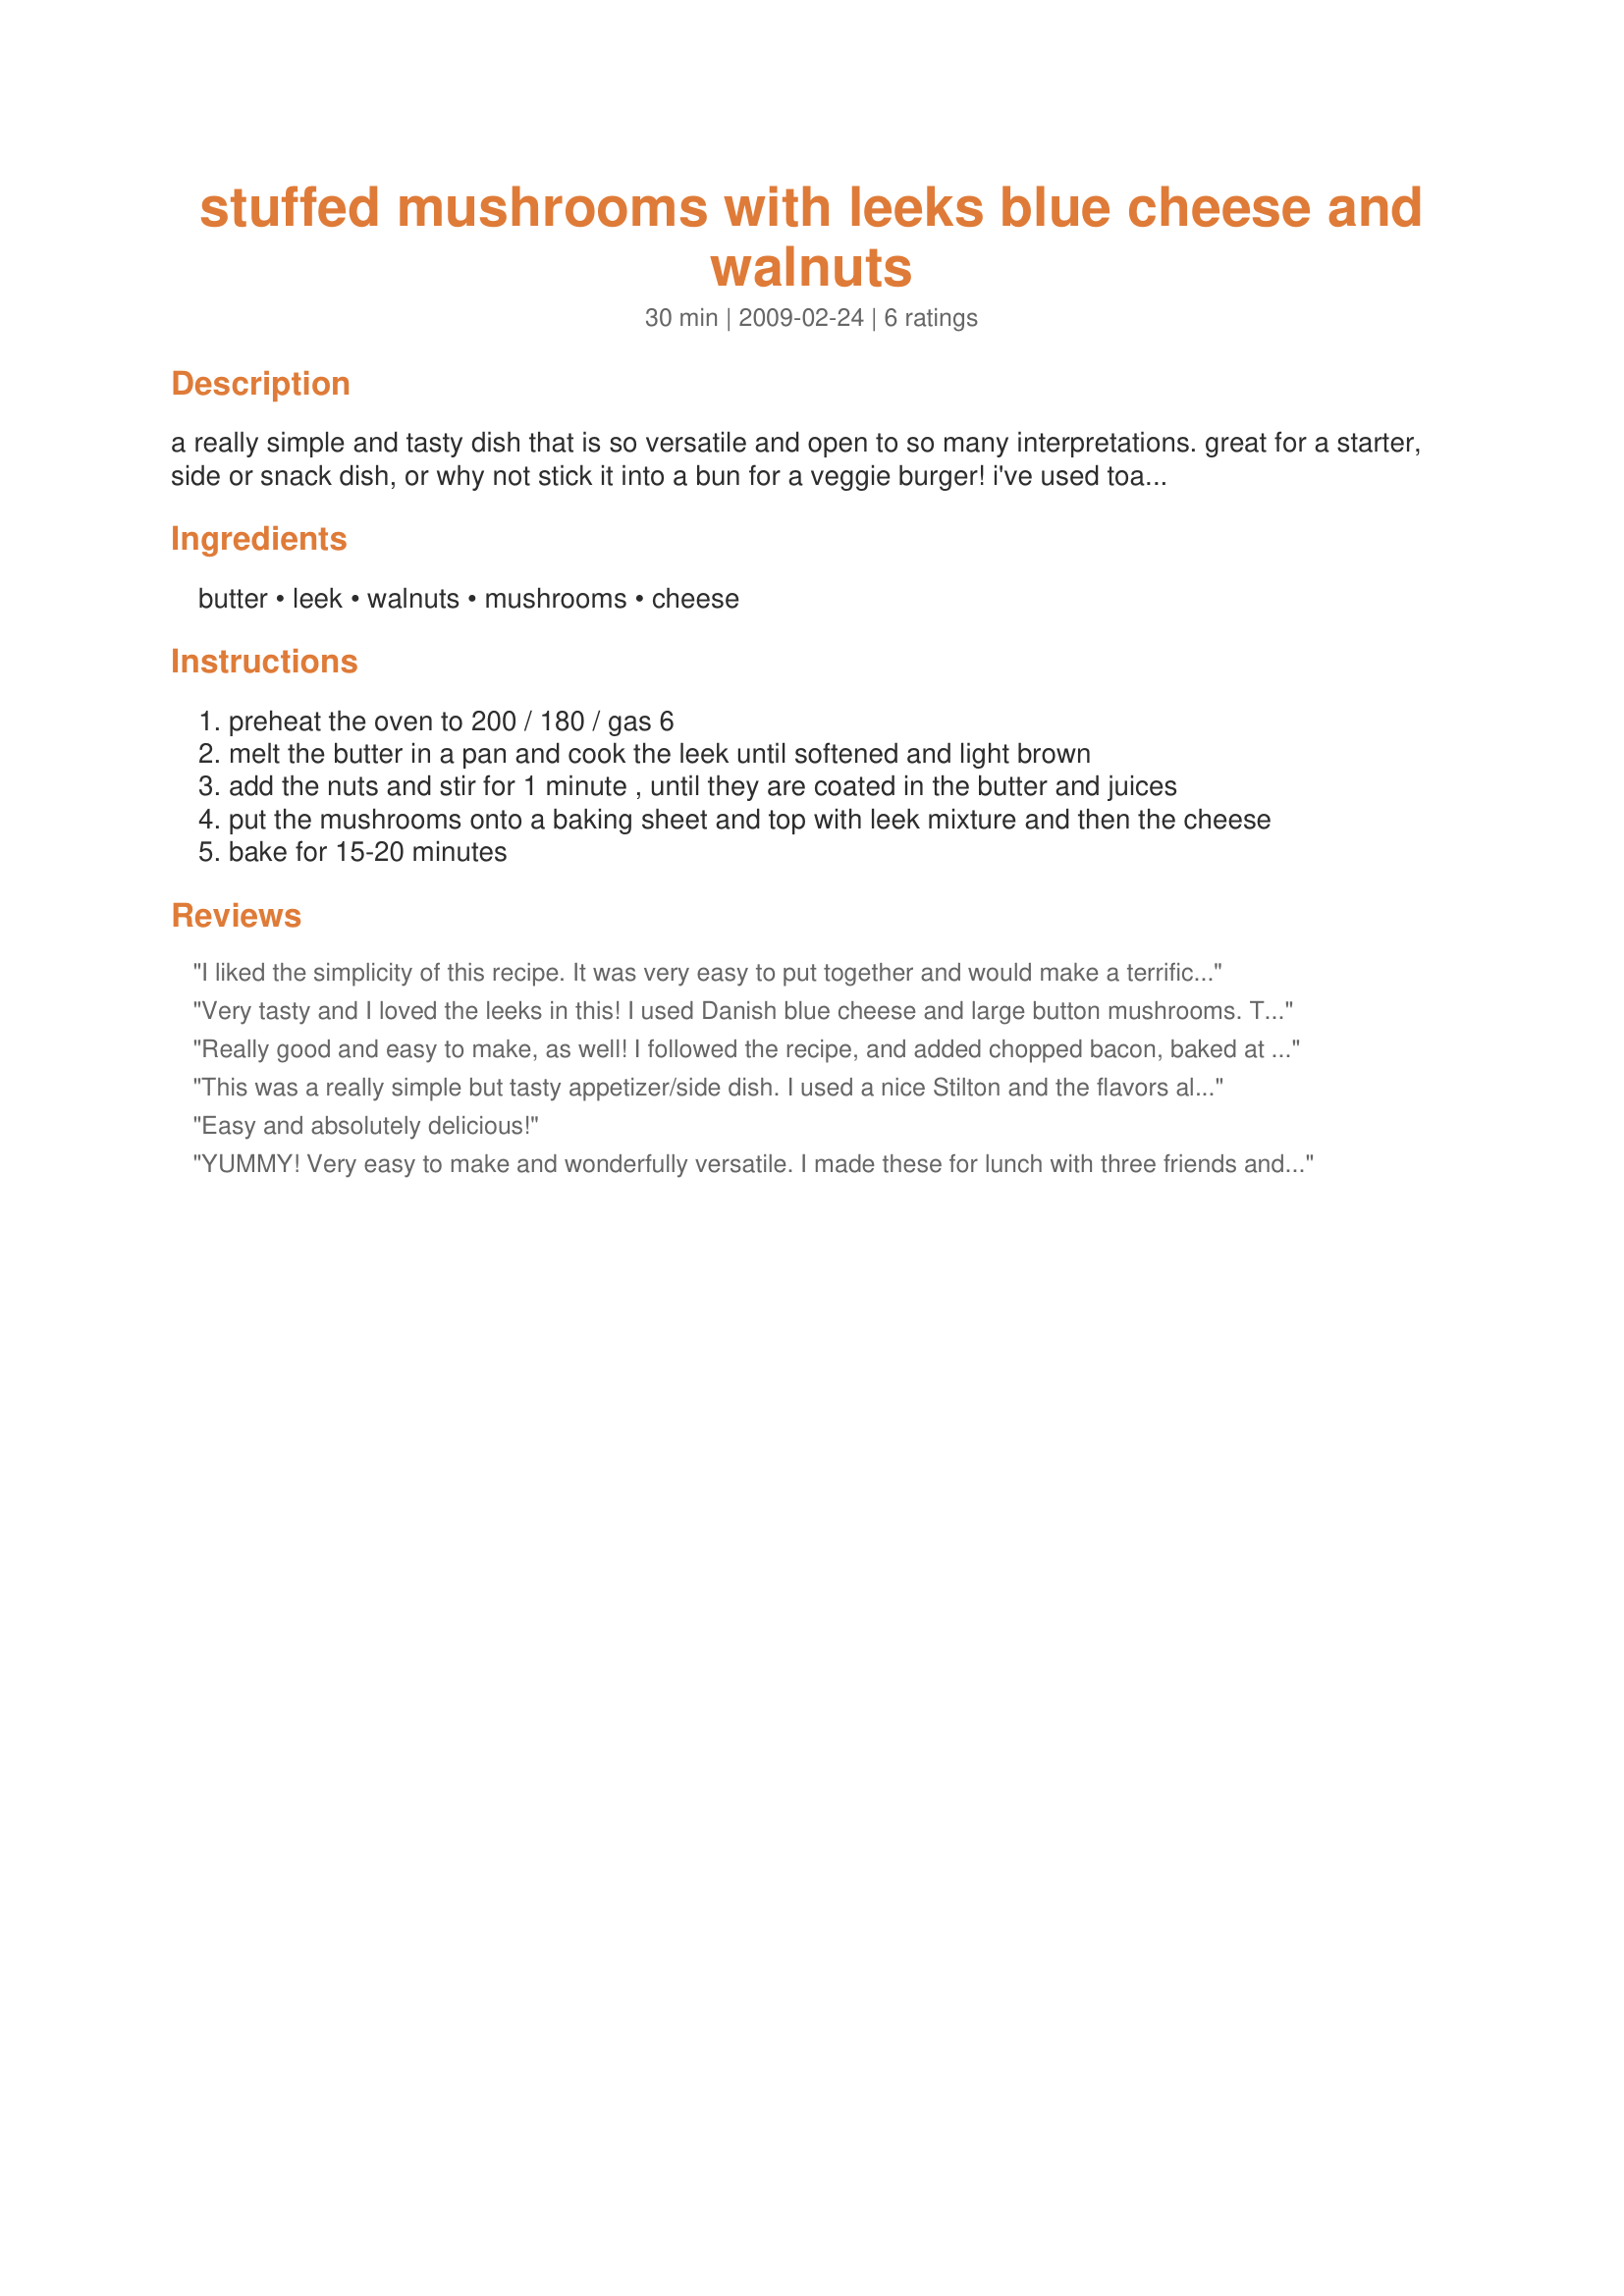
stuffed mushrooms with leeks blue cheese and walnuts
Preparation time: 30 minutes

a really simple and tasty dish that is so versatile and open to so many interpretations. great for a starter, side or snack dish, or why not stick it into a bun for a veggie burger! i've used toasted pine nuts, but hazelnuts would be good too. stilton and cambezola cheese work really well too and cheddar is an obvious choice if you don't do blue cheese. i bet fresh mozzarella would be great too.
chopped bacon can also be added to the leek for another variation.

Ingredients:
butter, leek, walnuts, mushrooms, cheese

Steps:
preheat the oven to 200 / 180 / gas 6
melt the butter in a pan and cook the leek until softened and light brown
add the nuts and stir for 1 minute , until they are coated in the butter and juices
put the mushrooms onto a baking sheet and top with leek mixture and then the cheese
bake for 15-20 minutes

Reviews:
I liked the simplicity of this recipe. It was very easy to put together and would make a terrific appetizer. I used portabella mushrooms and for the cheese, I chose feta. I baked these at 375F and they were nicely done after 15 minutes. Made for Please Review My Recipe tag. Thanks! :)
Very tasty and I loved the leeks in this! I used Danish blue cheese and large button mushrooms. Thanks! Made for PRMR game.
Really good and easy to make, as well! I followed the recipe, and added chopped bacon, baked at 400 degrees. Thanks for posting, Noo!
This was a really simple but tasty appetizer/side dish. I used a nice Stilton and the flavors all complimented each other very well. I served these with Recipe #359556 (the sauce was fantastic on the mushrooms!) but would advise against using white "stuffing" mushrooms - they gave off a lot of liquid when cooking and just didn't hold much filling. Next time I'll try portobellos. For those who aren't sure, Gas Mark 6 is equal to 400F. Thanks for posting!
Easy and absolutely delicious!
YUMMY! Very easy to make and wonderfully versatile. I made these for lunch with three friends and doubled the recipe and, even though these mushrooms were served with several other dishes, they were all eaten with great gusto and demands for the recipe! A resounding success by any standards! I added to the leeks, half an onion minced, 4 cloves of minced garlic, some fresh thyme and - as Noo had suggested - a couple of rashers of chopped bacon. I used half and half mozzarella and cheddar - my guests probably would have liked blue cheese but I don't. The walnuts were a great addition. All in all a wonderful blend of flavours and certainly a recipe I shall be making again. Thank you for sharing another super recipe Noo!
